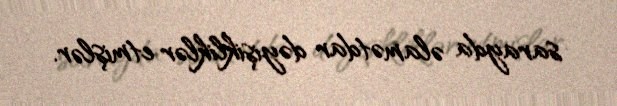
sarayda əlamətdar dəyişikliklər etmişlər.